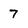
Character: 7